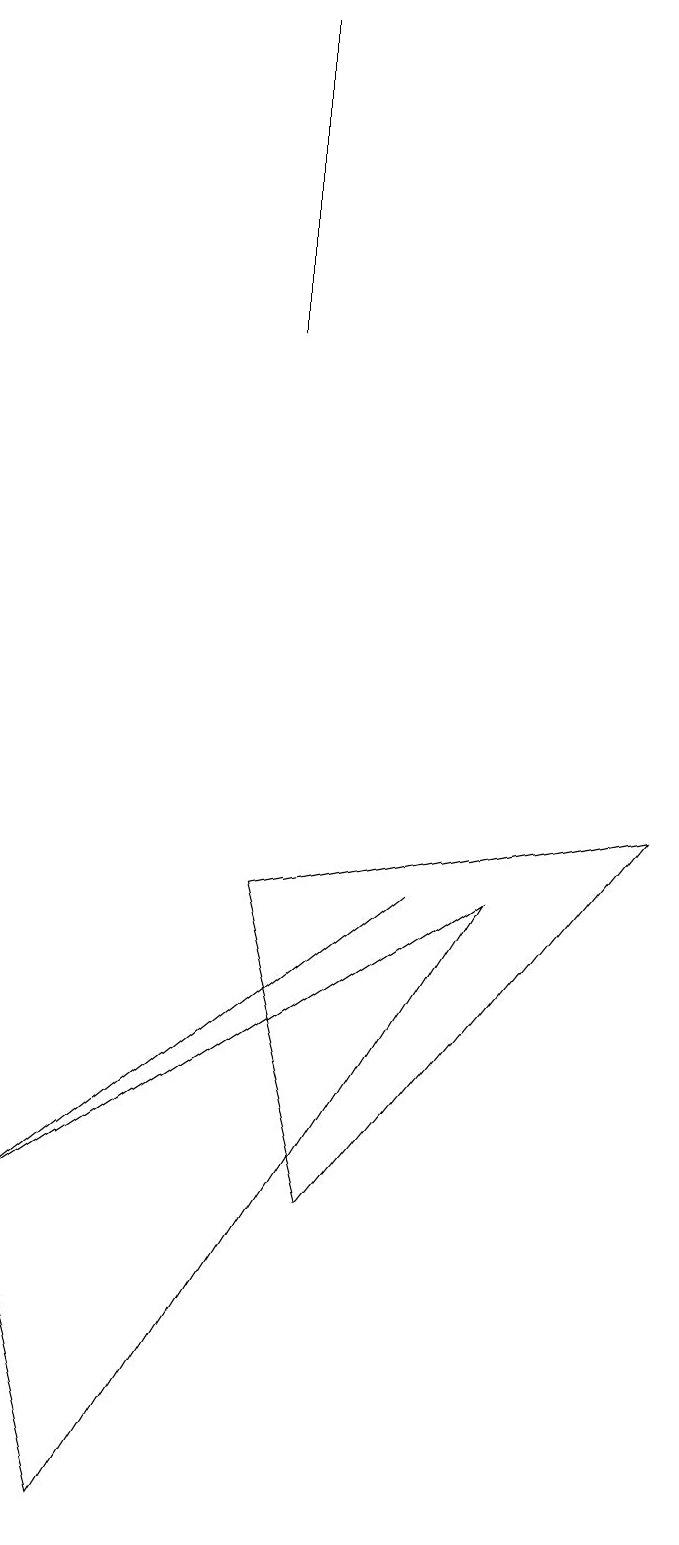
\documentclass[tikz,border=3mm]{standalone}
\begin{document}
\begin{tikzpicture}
\draw (0,4) -- (5,8) -- (5,8) -- cycle;
\draw (3,15) rectangle (3,19);
\draw (1,0) -- (6,8) -- (0,4) -- cycle;
\draw (3,8) -- (4,4) -- (8,9) -- cycle;
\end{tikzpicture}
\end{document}